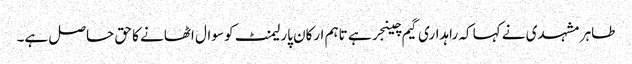
طاہر مشہدی نے کہا کہ راہداری گیم چینجر ہے تاہم ارکان پارلیمنٹ کو سوال اٹھانے کا حق حاصل ہے۔